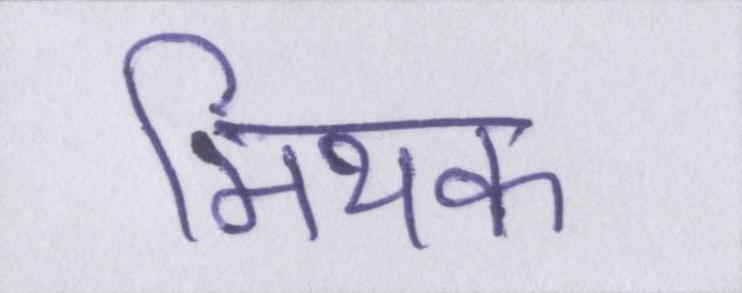
मिथक